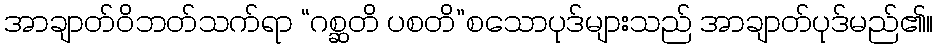
အာချာတ်ဝိဘတ်သက်ရာ “ဂစ္ဆတိ ပစတိ”စသောပုဒ်များသည် အာချာတ်ပုဒ်မည်၏။